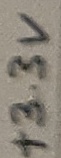
Text: +3.3V